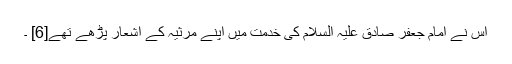
اس نے امام جعفر صادق علیہ السلام کی خدمت میں اپنے مرثیہ کے اشعار پڑھے تھے[6] ۔